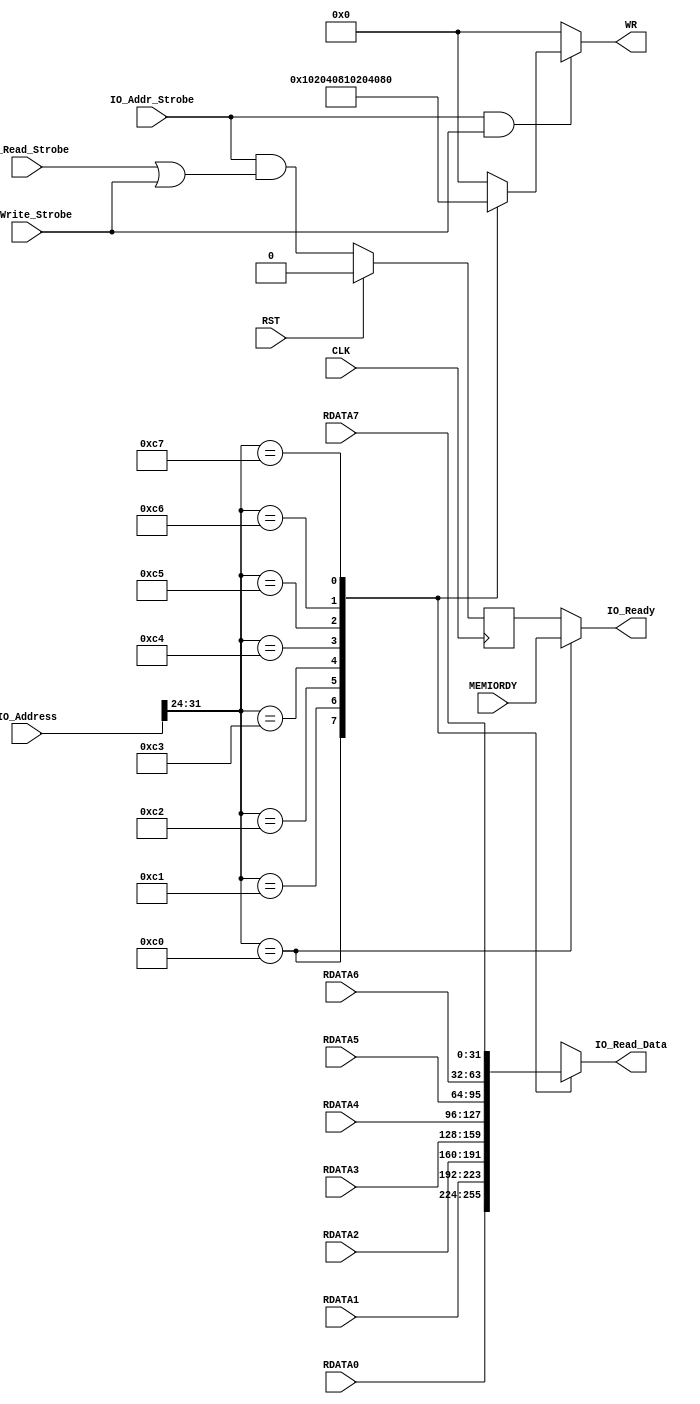
module BUSIF(
    input               CLK, RST,
    input       [31:0]  IO_Address,
    output  reg [31:0]  IO_Read_Data,
    input               IO_Addr_Strobe,
    input               IO_Read_Strobe, IO_Write_Strobe,
    output              IO_Ready,
    output  reg [7:0]   WR,
    input       [31:0]  RDATA0, RDATA1, RDATA2, RDATA3,
                        RDATA4, RDATA5, RDATA6, RDATA7,
    input               MEMIORDY
);

/* oNAhX */
wire [7:0] bank = IO_Address[31:24];

/* eubNWriteM */
always @* begin
    WR = 8'b0;
    if ( IO_Addr_Strobe & IO_Write_Strobe )
        case ( bank )
            8'hc0:  WR = 8'b00000001;
            8'hc1:  WR = 8'b00000010;
            8'hc2:  WR = 8'b00000100;
            8'hc3:  WR = 8'b00001000;
            8'hc4:  WR = 8'b00010000;
            8'hc5:  WR = 8'b00100000;
            8'hc6:  WR = 8'b01000000;
            8'hc7:  WR = 8'b10000000;
        endcase
end

/* Readf[^MZN^ */
always @* begin
    case ( bank )
        8'hc0:  IO_Read_Data = RDATA0;
        8'hc1:  IO_Read_Data = RDATA1;
        8'hc2:  IO_Read_Data = RDATA2;
        8'hc3:  IO_Read_Data = RDATA3;
        8'hc4:  IO_Read_Data = RDATA4;
        8'hc5:  IO_Read_Data = RDATA5;
        8'hc6:  IO_Read_Data = RDATA6;
        8'hc7:  IO_Read_Data = RDATA7;
        default:IO_Read_Data = 32'hxxxx;
    endcase
end

/* IO_Ready */
/* oNC0O1NbN1 */
reg ioready;
//wire ioready2 = IO_Addr_Strobe &
//                   (IO_Read_Strobe | IO_Write_Strobe);
//reg ioready3 = 1'b0;

always @( posedge CLK ) begin
    if ( RST )
        ioready <= 1'b0;
//    else if(ioready2)
//	ioready3 <= 1'b1;
//    else if(ioready3) begin
//	ioready <= 1'b1;
//        ioready3 <=1'b0;
//    end
//    else
//	ioready <=1'b0;
    else
        ioready <= IO_Addr_Strobe &
                   (IO_Read_Strobe | IO_Write_Strobe);
end

assign IO_Ready = (bank==8'hc0) ? MEMIORDY: ioready;

endmodule